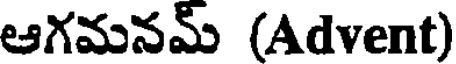
ఆగమనమ్ (Advent)